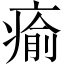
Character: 瘉